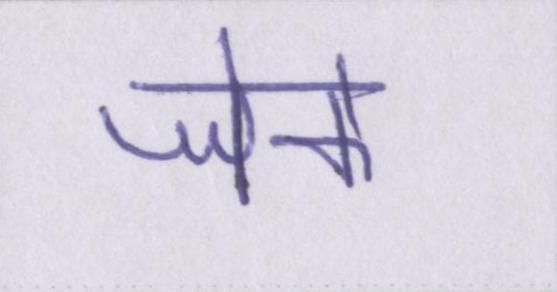
जेके